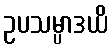
ဥပသမ္ပာဒယိ